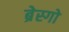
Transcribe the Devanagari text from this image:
ब्रेस्गो